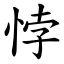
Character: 悖